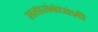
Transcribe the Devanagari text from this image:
सत्तासंबंधांशी